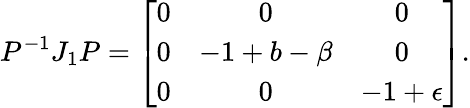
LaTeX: P^{-1}J_{1}P=\left[\begin{array}{ccc}{0}&{0}&{0}\\ {0}&{-1+b-\beta}&{0}\\ {0}&{0}&{-1+\epsilon}\end{array}\right].